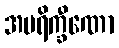
အပရိက္ခီဏော